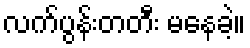
လက်ပွန်းတတီး မနေခဲ့။